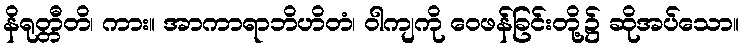
နိရုတ္တီတိ၊ ကား။ အာကာရာဘိဟိတံ၊ ဝါကျကို ဝေဖန်ခြင်းတို့၌ ဆိုအပ်သော။